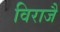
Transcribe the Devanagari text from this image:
विराजैं